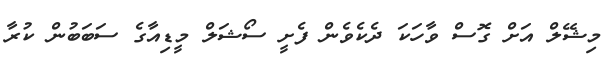
މިޝޭލް އަށް ގޮސް ވާހަކަ ދެކެވެން ފެށީ ސޯޝަލް މީޑިއާގެ ސަބަބުން ކުރާ